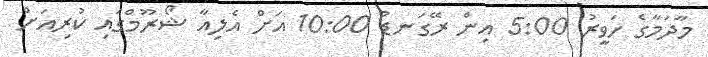
މާދަމާގެ ހަވީރު 5:00 އިން ރޭގަނޑު 10:00 އަށް އެލިއާ ޝޯރޫމްގައި ކުރިއަށް